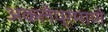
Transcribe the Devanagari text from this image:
अकलेप्रमाणे